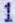
1